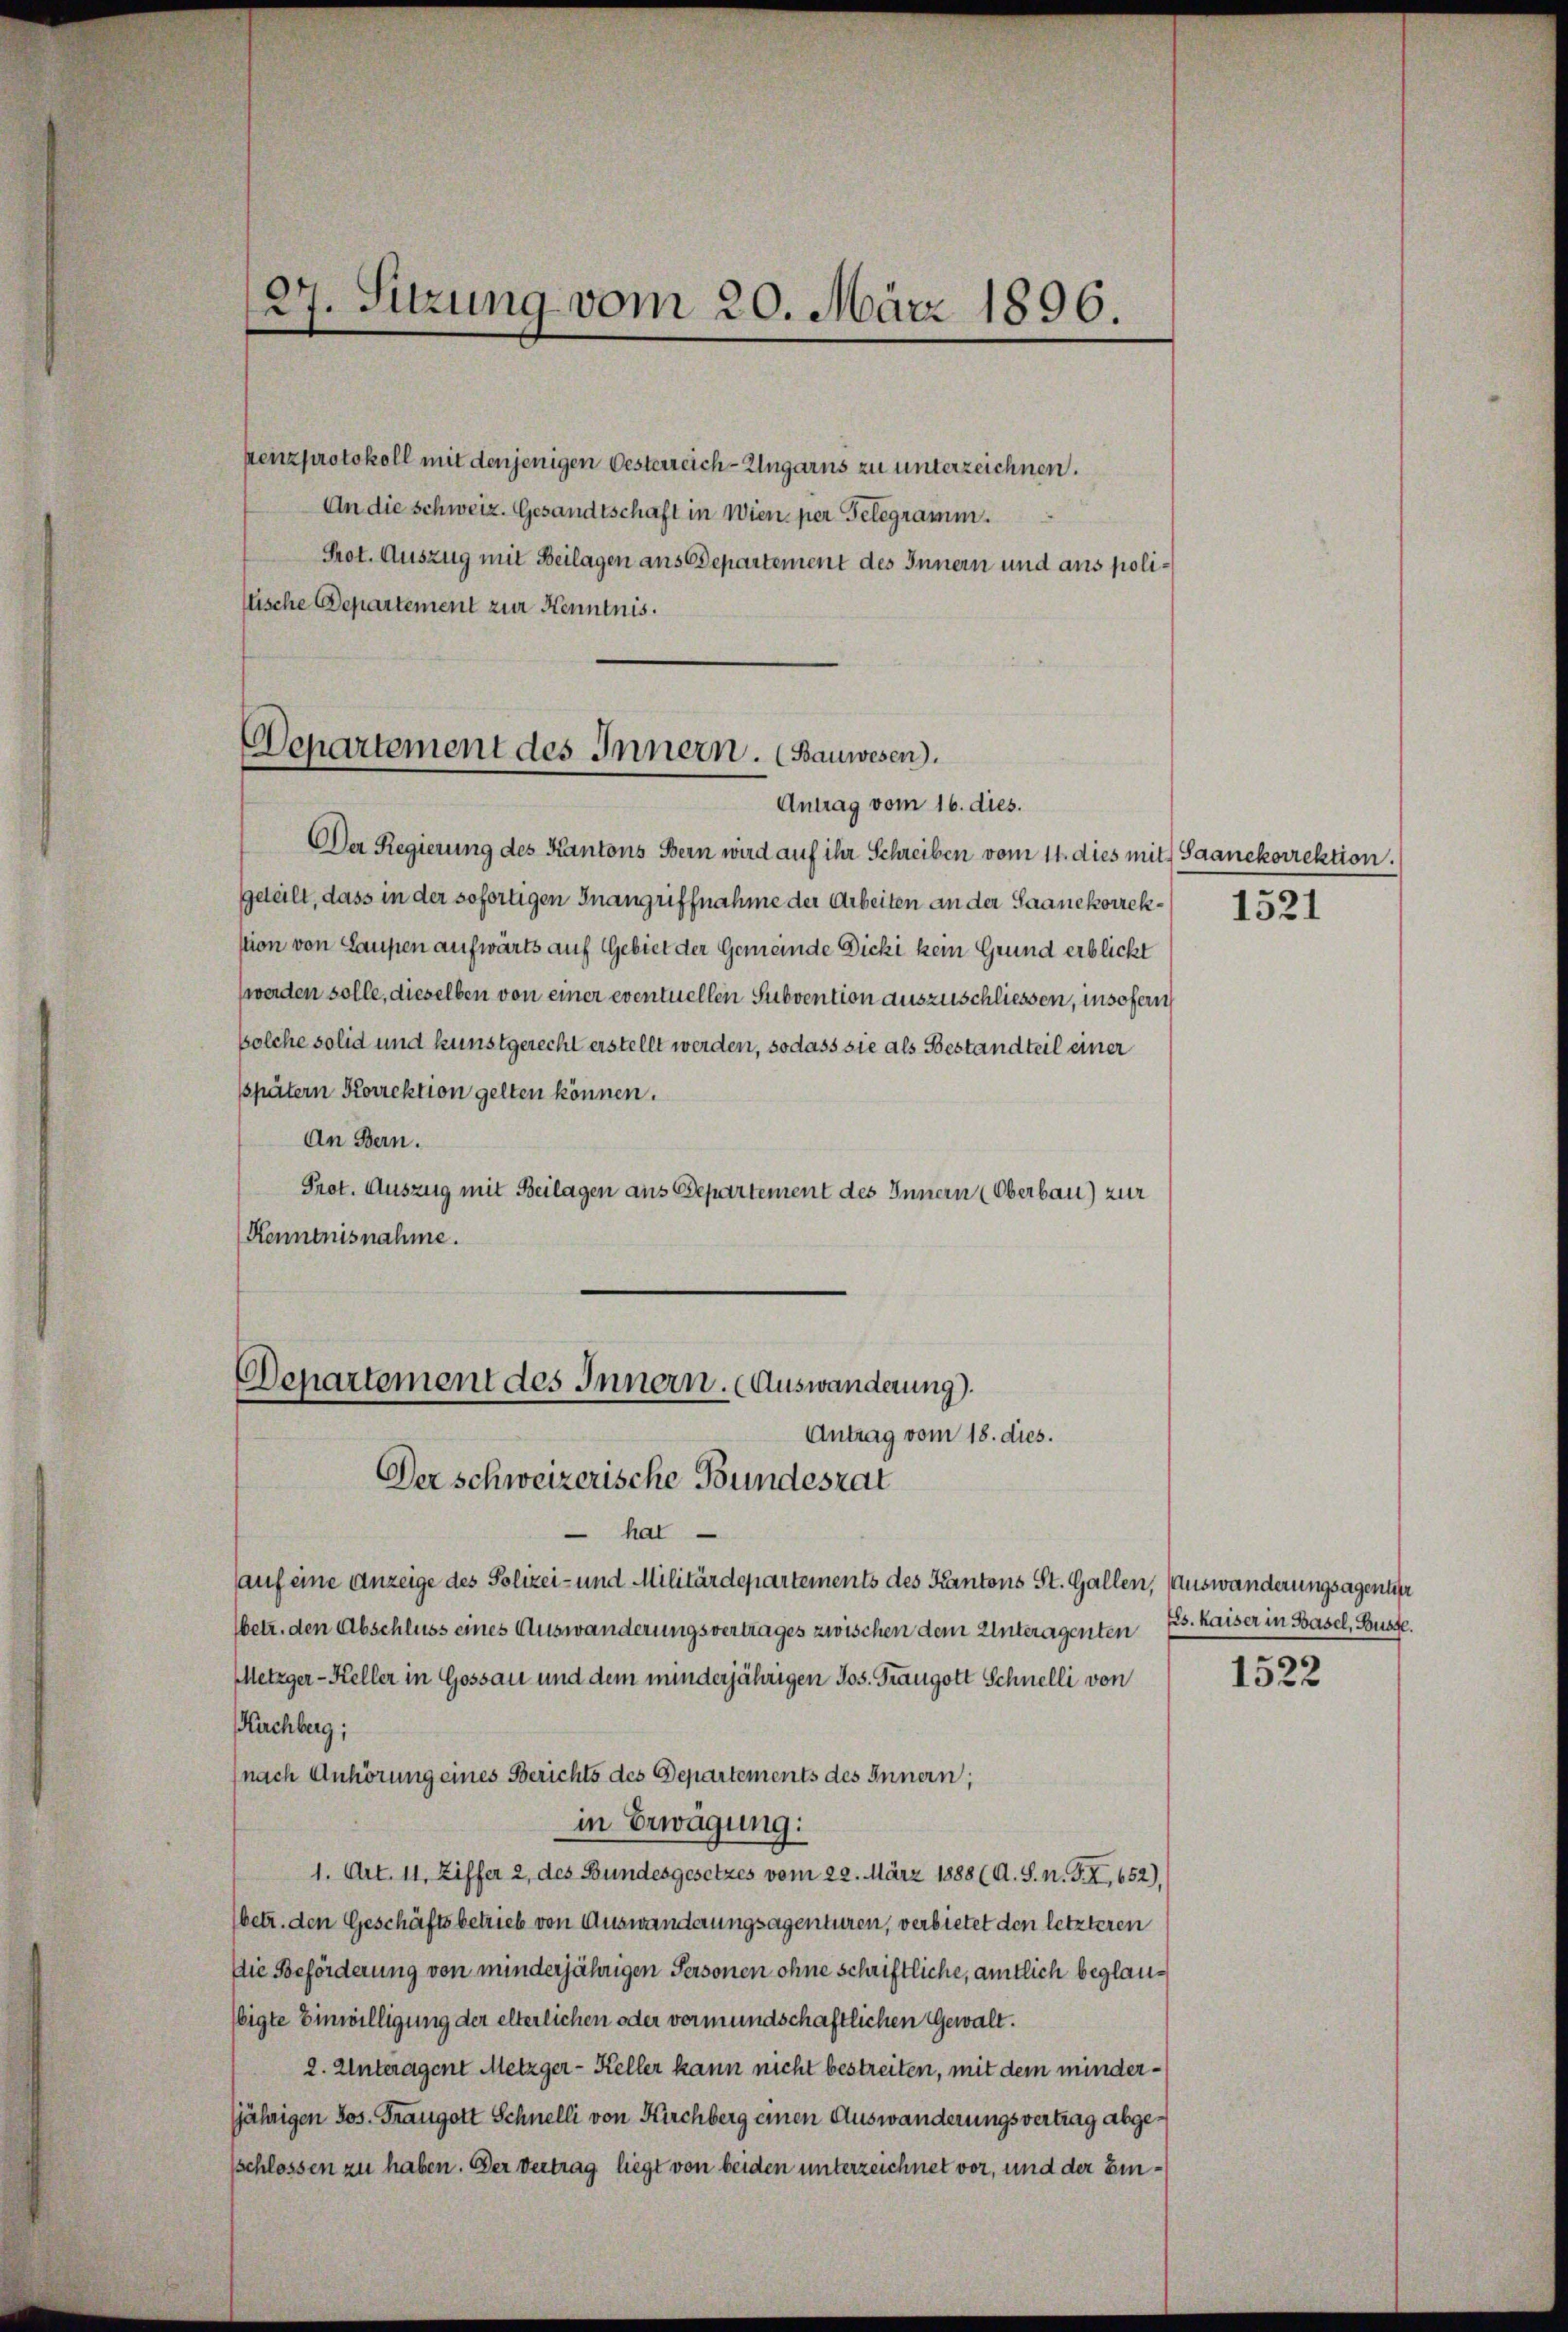
(27. Sitzung vom 20. März 1896.

kenzprotokoll mit denjenigen Oesterreich-Ungarns zu unterzeichnen.
An die Schweiz. Gesandtschaft in Wien per Gelegramm.
Prot. Auszug mit Beilagen ans Departement des Innern und aus polistische Departement zur Kenntnis.

Departement des Innern. (Bauwesen.
Antrag vom 16. dies.

Der Regierung des Kantons Bern wird auf ihr Schreiben vom 11. dies mit Saanekorrektion.
Geteilt, dass in der sofortigen Inangriffnahme der Arbeiten an der Saanekorrek-1521
stion von Laupen aufwärts auf Gebiet der Gemeinde Dicki kein Grund erblickt
werden solle, dieselben von einer eventuellen Subvention auszuschliessen, insofern
solche solid und kunstgerecht erstellt werden, sodass sie als Bestandteil einer
sspätern Korrektion gelten können.
An Bern.
Prot. Auszug mit Beilagen aus Departement des Innern (Oberbau) zur
Kenntnisnahme.

Departement des Innern. (Auswanderung).
Antrag vom 18. dies.
Der schweizerische Bundesrat

hal
auf eine Anzeige des Polizei- und Militärdepartements des Kantons St. Gallen, (Auswanderungsagentier
Wetr. den Abschluss eines Auswanderungsvertrages zwischen dem Unteragenten
Metzger-Keller in Gossau und dem minderjährigen Jos. Traugott Schnelli von
Kachberg;
nach Anhörung eines Berichts des Departements des Innern;
in Erwägung:
1. Art. 11, Ziffer 2, des Bundesgesetzes vom 22. März 1888 (A. S. n. F. XI, 652),
betr. den Geschäftsbetrieb von Auswanderungsagenturen, verbietet den letzteren
Die Beförderung von minderjährigen Personen ohne schriftliche, amtlich beglaubigte Einwilligung der elterlichen oder vermundschaftlichen Gewalt¬
2. Unteragent Metzger-Keller kann nicht bestreiten, mit dem minderjährigen Jos. Frangott Schnelli von Kirchberg einen Auswanderungsvertrag abgeschlossen zu haben. Der Vertrag liegt von beiden unterzeichnet vor, und der Ein¬

Eis. Kaiser in Basel, Busse.

1522